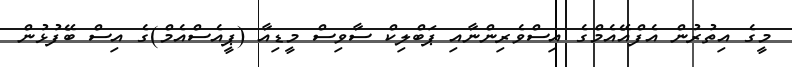
މީގެ އިތުރުން އެފްއޭއެމްގެ އިސްވެރިންނާއި ޕަބްލިކް ސާވިސް މީޑިއާ (ޕީއެސްއެމް)ގެ އިސް ބޭފުޅުން